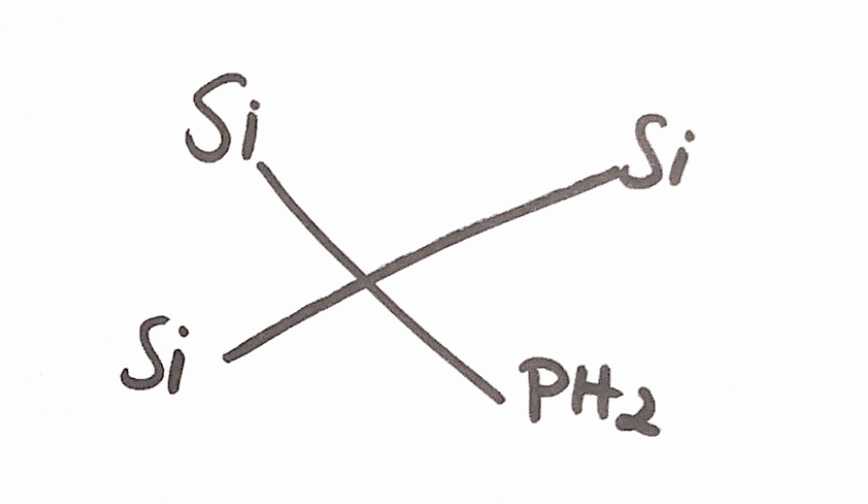
Simplified molecular-input line-entry system (SMILES) notation of the given molecule:
C([Si])([Si])([Si])P